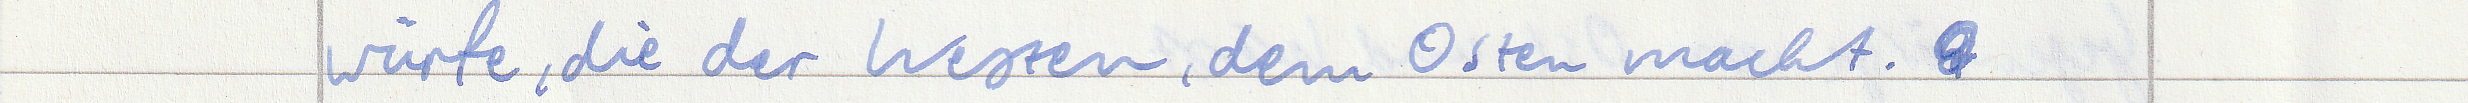
würfe, die der Westen, dem Osten macht